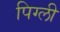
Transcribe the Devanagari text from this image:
पिग्ली